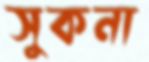
সুকনা